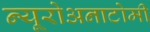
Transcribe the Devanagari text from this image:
न्यूरोअनाटोमी